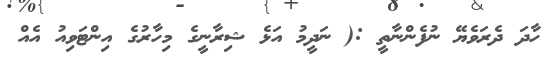
ހާދަ ދެރަވެޔޭ ނުފެންނާތީ :( ނަދީމު އަޅެ ޝިރާނީގެ މިހާރުގެ އިންޓަވިއު އެއް